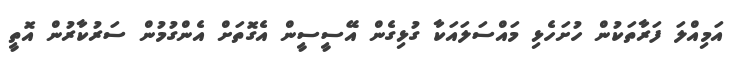
އަމިއްލަ ފަރާތަކުން ހުށަހެޅި މައްސަލައަކާ ގުޅިގެން އޭސީސީން އެގޮތަށް އެންގުމުން ސަރުކާރުން އޮތީ